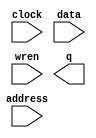
// megafunction wizard: %RAM: 1-PORT%VBB%
// GENERATION: STANDARD
// VERSION: WM1.0
// MODULE: altsyncram 

// ============================================================
// Megafunction Name(s):
// 			altsyncram
//
// Simulation Library Files(s):
// 			altera_mf
// ============================================================
// ************************************************************
// THIS IS A WIZARD-GENERATED FILE. DO NOT EDIT THIS FILE!
//
// 9.1 Build 222 10/21/2009 SJ Web Edition
// ************************************************************

//Copyright (C) 1991-2009 Altera Corporation
//Your use of Altera Corporation's design tools, logic functions 
//and other software and tools, and its AMPP partner logic 
//functions, and any output files from any of the foregoing 
//(including device programming or simulation files), and any 
//associated documentation or information are expressly subject 
//to the terms and conditions of the Altera Program License 
//Subscription Agreement, Altera MegaCore Function License 
//Agreement, or other applicable license agreement, including, 
//without limitation, that your use is for the sole purpose of 
//programming logic devices manufactured by Altera and sold by 
//Altera or its authorized distributors.  Please refer to the 
//applicable agreement for further details.

module SysDataBlock (
	address,
	clock,
	data,
	wren,
	q);

	input	[10:0]  address;
	input	  clock;
	input	[31:0]  data;
	input	  wren;
	output	[31:0]  q;

endmodule

// ============================================================
// CNX file retrieval info
// ============================================================
// Retrieval info: PRIVATE: ADDRESSSTALL_A NUMERIC "0"
// Retrieval info: PRIVATE: AclrAddr NUMERIC "0"
// Retrieval info: PRIVATE: AclrByte NUMERIC "0"
// Retrieval info: PRIVATE: AclrData NUMERIC "0"
// Retrieval info: PRIVATE: AclrOutput NUMERIC "0"
// Retrieval info: PRIVATE: BYTE_ENABLE NUMERIC "0"
// Retrieval info: PRIVATE: BYTE_SIZE NUMERIC "8"
// Retrieval info: PRIVATE: BlankMemory NUMERIC "0"
// Retrieval info: PRIVATE: CLOCK_ENABLE_INPUT_A NUMERIC "0"
// Retrieval info: PRIVATE: CLOCK_ENABLE_OUTPUT_A NUMERIC "0"
// Retrieval info: PRIVATE: Clken NUMERIC "0"
// Retrieval info: PRIVATE: DataBusSeparated NUMERIC "1"
// Retrieval info: PRIVATE: IMPLEMENT_IN_LES NUMERIC "0"
// Retrieval info: PRIVATE: INIT_FILE_LAYOUT STRING "PORT_A"
// Retrieval info: PRIVATE: INIT_TO_SIM_X NUMERIC "0"
// Retrieval info: PRIVATE: INTENDED_DEVICE_FAMILY STRING "Cyclone II"
// Retrieval info: PRIVATE: JTAG_ENABLED NUMERIC "1"
// Retrieval info: PRIVATE: JTAG_ID STRING "SysD"
// Retrieval info: PRIVATE: MAXIMUM_DEPTH NUMERIC "0"
// Retrieval info: PRIVATE: MIFfilename STRING "syscall_data.mif"
// Retrieval info: PRIVATE: NUMWORDS_A NUMERIC "2048"
// Retrieval info: PRIVATE: RAM_BLOCK_TYPE NUMERIC "0"
// Retrieval info: PRIVATE: READ_DURING_WRITE_MODE_PORT_A NUMERIC "3"
// Retrieval info: PRIVATE: RegAddr NUMERIC "1"
// Retrieval info: PRIVATE: RegData NUMERIC "1"
// Retrieval info: PRIVATE: RegOutput NUMERIC "1"
// Retrieval info: PRIVATE: SYNTH_WRAPPER_GEN_POSTFIX STRING "0"
// Retrieval info: PRIVATE: SingleClock NUMERIC "1"
// Retrieval info: PRIVATE: UseDQRAM NUMERIC "1"
// Retrieval info: PRIVATE: WRCONTROL_ACLR_A NUMERIC "0"
// Retrieval info: PRIVATE: WidthAddr NUMERIC "11"
// Retrieval info: PRIVATE: WidthData NUMERIC "32"
// Retrieval info: PRIVATE: rden NUMERIC "0"
// Retrieval info: CONSTANT: CLOCK_ENABLE_INPUT_A STRING "BYPASS"
// Retrieval info: CONSTANT: CLOCK_ENABLE_OUTPUT_A STRING "BYPASS"
// Retrieval info: CONSTANT: INIT_FILE STRING "syscall_data.mif"
// Retrieval info: CONSTANT: INTENDED_DEVICE_FAMILY STRING "Cyclone II"
// Retrieval info: CONSTANT: LPM_HINT STRING "ENABLE_RUNTIME_MOD=YES,INSTANCE_NAME=SysD"
// Retrieval info: CONSTANT: LPM_TYPE STRING "altsyncram"
// Retrieval info: CONSTANT: NUMWORDS_A NUMERIC "2048"
// Retrieval info: CONSTANT: OPERATION_MODE STRING "SINGLE_PORT"
// Retrieval info: CONSTANT: OUTDATA_ACLR_A STRING "NONE"
// Retrieval info: CONSTANT: OUTDATA_REG_A STRING "CLOCK0"
// Retrieval info: CONSTANT: POWER_UP_UNINITIALIZED STRING "FALSE"
// Retrieval info: CONSTANT: WIDTHAD_A NUMERIC "11"
// Retrieval info: CONSTANT: WIDTH_A NUMERIC "32"
// Retrieval info: CONSTANT: WIDTH_BYTEENA_A NUMERIC "1"
// Retrieval info: USED_PORT: address 0 0 11 0 INPUT NODEFVAL address[10..0]
// Retrieval info: USED_PORT: clock 0 0 0 0 INPUT NODEFVAL clock
// Retrieval info: USED_PORT: data 0 0 32 0 INPUT NODEFVAL data[31..0]
// Retrieval info: USED_PORT: q 0 0 32 0 OUTPUT NODEFVAL q[31..0]
// Retrieval info: USED_PORT: wren 0 0 0 0 INPUT NODEFVAL wren
// Retrieval info: CONNECT: @address_a 0 0 11 0 address 0 0 11 0
// Retrieval info: CONNECT: q 0 0 32 0 @q_a 0 0 32 0
// Retrieval info: CONNECT: @clock0 0 0 0 0 clock 0 0 0 0
// Retrieval info: CONNECT: @data_a 0 0 32 0 data 0 0 32 0
// Retrieval info: CONNECT: @wren_a 0 0 0 0 wren 0 0 0 0
// Retrieval info: LIBRARY: altera_mf altera_mf.altera_mf_components.all
// Retrieval info: GEN_FILE: TYPE_NORMAL SysDataBlock.v TRUE
// Retrieval info: GEN_FILE: TYPE_NORMAL SysDataBlock.inc FALSE
// Retrieval info: GEN_FILE: TYPE_NORMAL SysDataBlock.cmp FALSE
// Retrieval info: GEN_FILE: TYPE_NORMAL SysDataBlock.bsf FALSE
// Retrieval info: GEN_FILE: TYPE_NORMAL SysDataBlock_inst.v FALSE
// Retrieval info: GEN_FILE: TYPE_NORMAL SysDataBlock_bb.v TRUE
// Retrieval info: GEN_FILE: TYPE_NORMAL SysDataBlock_waveforms.html TRUE
// Retrieval info: GEN_FILE: TYPE_NORMAL SysDataBlock_wave*.jpg TRUE
// Retrieval info: LIB_FILE: altera_mf